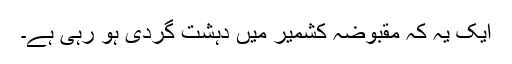
ایک یہ کہ مقبوضہ کشمیر میں دہشت گردی ہو رہی ہے۔